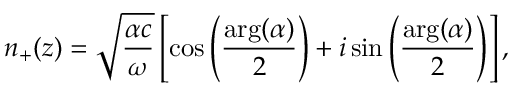
n _ { + } ( z ) = \sqrt { \frac { \alpha c } { \omega } } \left[ \cos \left( \frac { \arg ( \alpha ) } { 2 } \right) + i \sin \left( \frac { \arg ( \alpha ) } { 2 } \right) \right] ,